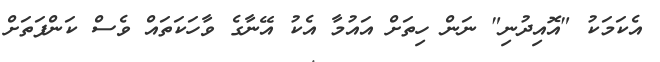
އެކަމަކު "އޮއިދުނި" ނަން ހިތަށް އައުމާ އެކު އޭނާގެ ވާހަކަތައް ވެސް ކަންފަތަށް